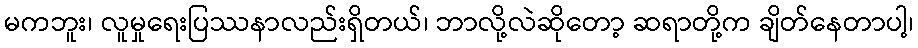
မကဘူး၊ လူမှုရေးပြဿနာလည်းရှိတယ်၊ ဘာလို့လဲဆိုတော့ ဆရာတို့က ချိတ်နေတာပါ့၊